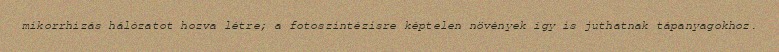
mikorrhizás hálózatot hozva létre; a fotoszintézisre képtelen növények így is juthatnak tápanyagokhoz.